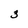
Character: 3